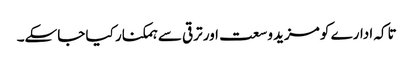
تاکہ ادارے کو مزید وسعت اور ترقی سے ہمکنار کیا جاسکے۔